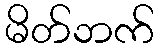
မိတ်ဘက်